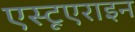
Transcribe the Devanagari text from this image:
एस्टूएराइन